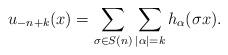
LaTeX: \begin{align*}u_{-n+k}(x) &= \sum_{\sigma\in S(n)}\sum_{|\alpha|=k} h_\alpha(\sigma x). \end{align*}